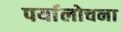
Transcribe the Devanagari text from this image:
पर्यालोचना